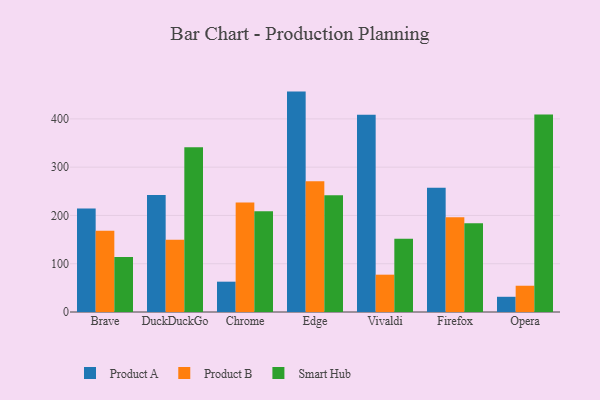
{"axis": {"x": "Browser", "y": "LTV (USD)"}, "legend": ["Product A", "Product B", "Smart Hub"], "data": [{"x": "Brave", "y": 214.3, "type": "Product A"}, {"x": "Brave", "y": 168.3, "type": "Product B"}, {"x": "Brave", "y": 113.8, "type": "Smart Hub"}, {"x": "DuckDuckGo", "y": 242.2, "type": "Product A"}, {"x": "DuckDuckGo", "y": 149.4, "type": "Product B"}, {"x": "DuckDuckGo", "y": 341.1, "type": "Smart Hub"}, {"x": "Chrome", "y": 62.8, "type": "Product A"}, {"x": "Chrome", "y": 226.6, "type": "Product B"}, {"x": "Chrome", "y": 208.6, "type": "Smart Hub"}, {"x": "Edge", "y": 456.5, "type": "Product A"}, {"x": "Edge", "y": 270.6, "type": "Product B"}, {"x": "Edge", "y": 241.7, "type": "Smart Hub"}, {"x": "Vivaldi", "y": 408.8, "type": "Product A"}, {"x": "Vivaldi", "y": 77.3, "type": "Product B"}, {"x": "Vivaldi", "y": 151.9, "type": "Smart Hub"}, {"x": "Firefox", "y": 257.5, "type": "Product A"}, {"x": "Firefox", "y": 196.3, "type": "Product B"}, {"x": "Firefox", "y": 183.7, "type": "Smart Hub"}, {"x": "Opera", "y": 31.5, "type": "Product A"}, {"x": "Opera", "y": 54.4, "type": "Product B"}, {"x": "Opera", "y": 409.3, "type": "Smart Hub"}]}